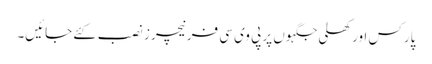
پارکس اور کھلی جگہوں پر پی وی سی فرنیچرز نصب کئے جائیں۔